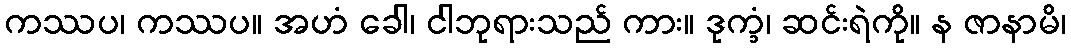
ကဿပ၊ ကဿပ။ အဟံ ခေါ၊ ငါဘုရားသည် ကား။ ဒုက္ခံ၊ ဆင်းရဲကို။ န ဇာနာမိ၊